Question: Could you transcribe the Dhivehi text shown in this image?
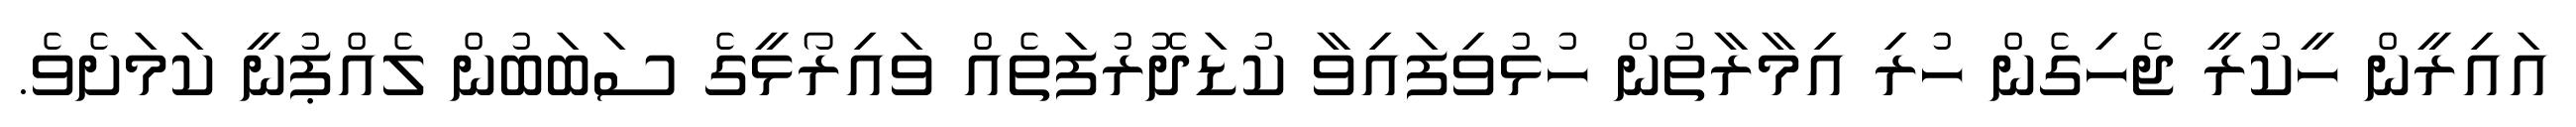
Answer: އައިރީން ހީކުރީ ޖެހިގެން ހުރި އިމާރާތުން ހުޅުވިފައިވާ ކުޑަދޮރުފަތެއް ވައިރޯޅީގެ ސަބަބުން ލެއްޕުނީ ކަމަށެވެ.